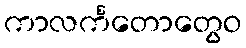
ကာလင်္ကတောတွေဝ